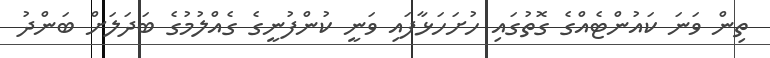
ތިން ވަނަ ކައުންޓެއްގެ ގޮތުގައި ހުށަހަޅާފައި ވަނީ ކުންފުނީގެ ގެއްލުމުގެ ބަދަލަށް ބަންދު